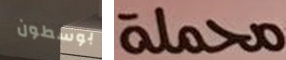
بوسطون محملة